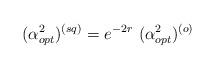
LaTeX: \begin{align*}(\alpha_{opt}^{2})^{(sq)}= e^{-2r}~(\alpha_{opt}^{2})^{(o)}\end{align*}